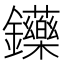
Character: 𨰤